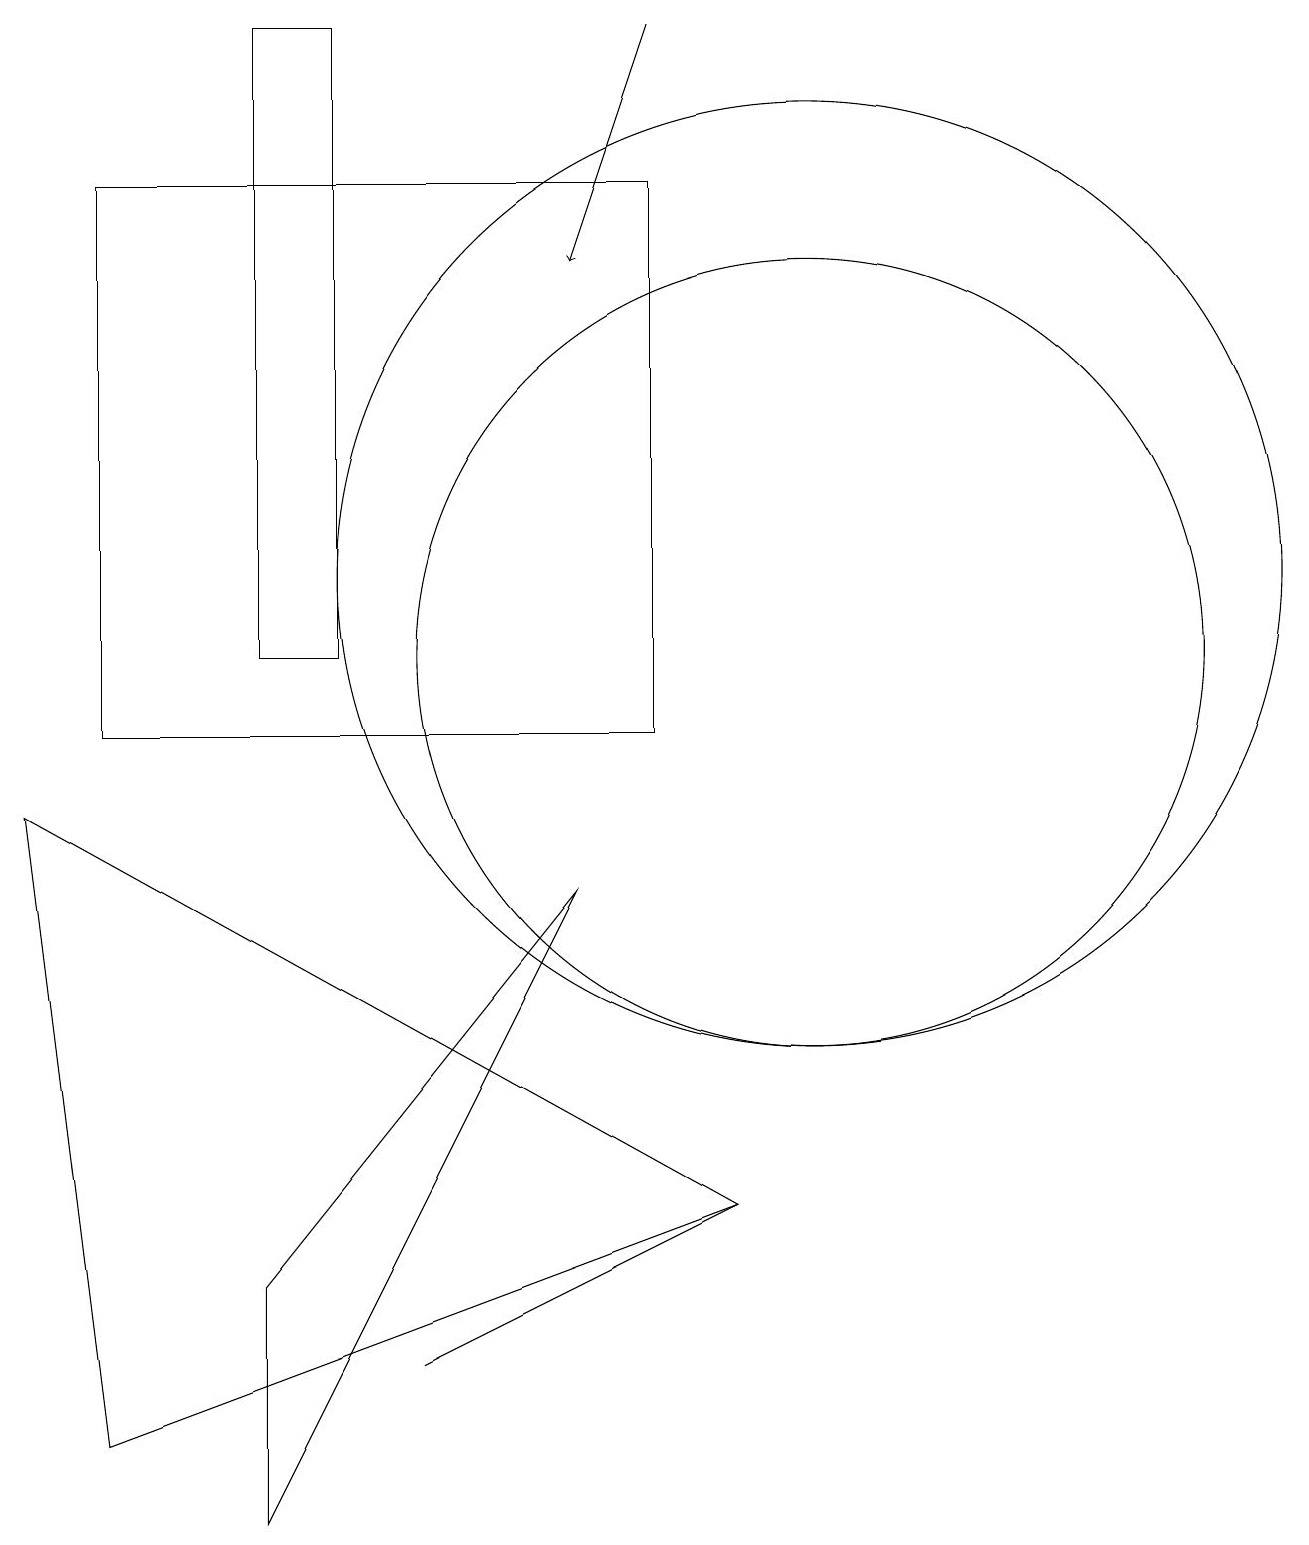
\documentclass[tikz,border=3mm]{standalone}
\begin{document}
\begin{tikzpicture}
\draw (3,3) -- (3,0) -- (7,8) -- cycle;
\draw (1,1) -- (0,9) -- (9,4) -- cycle;
\draw (10,12) circle (6);
\draw (8,17) rectangle (1,10);
\draw (9,4) -- (5,2) -- (7,3) -- cycle;
\draw (10,11) circle (5);
\draw[->] (8,19) -- (7,16);
\draw (4,19) rectangle (3,11);
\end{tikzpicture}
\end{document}